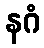
နဂံ